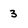
Character: 3